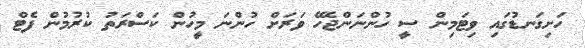
ހަށިގަނޑުގައި ވިޓަމިން ސީ ހުންނަންޖެހޭ ވަރަށް ހުންނަ މީހުން ކަސްރަތު ކުރުމުން ފެޓް